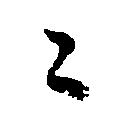
々